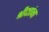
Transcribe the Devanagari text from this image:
श्रीदत्तांना